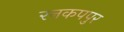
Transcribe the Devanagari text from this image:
रनकपपुर